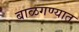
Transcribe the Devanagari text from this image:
बाळगण्यात